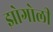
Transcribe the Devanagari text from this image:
झोगोली